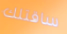
ساقتلك